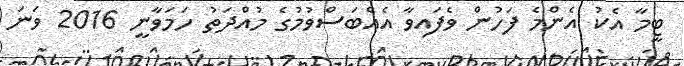
ޓީމާ އެކު އެންމެ ފަހުން ވެފައިވާ އެއްބަސްވުމުގެ މުއްދަތު ހަމަވާނީ 2016 ވަނަ